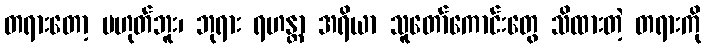
တရားတော့ မဟုတ်ဘူး၊ ဘုရား ရဟန္တာ အရိယာ သူတော်ကောင်းတွေ သိထားတဲ့ တရားကို